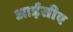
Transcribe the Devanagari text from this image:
आईसीए